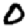
Digit: 0